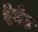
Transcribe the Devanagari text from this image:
रेगेट